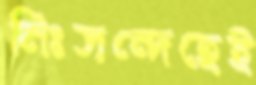
নিঃসন্দেহেই